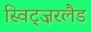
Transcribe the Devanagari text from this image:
स्विट्ज़रलैड